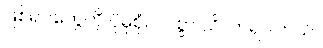
ဖြစ်ရပ်တွေကို ပိုမိုစုံလင်စွာ သိလာရပါတယ်။